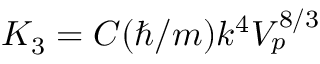
K _ { 3 } = C ( \hbar / m ) k ^ { 4 } V _ { p } ^ { 8 / 3 }